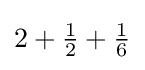
2+{\tfrac {1}{2}}+{\tfrac {1}{6}}